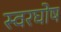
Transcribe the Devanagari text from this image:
स्वरघोष